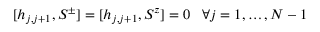
[ h _ { j , j + 1 } , S ^ { \pm } ] = [ h _ { j , j + 1 } , S ^ { z } ] = 0 \ \ \, \forall j = 1 , \ldots , N - 1